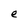
Character: e